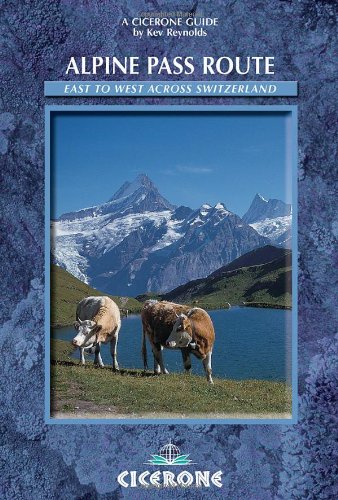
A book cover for The Alpine Pass Route (Cicerone Guide); Kev Reynolds; Travel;